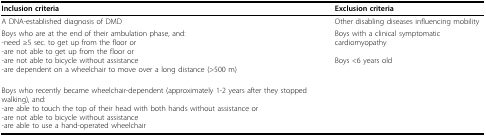
| Inclusion criteria | Exclusion criteria |
 | --- | --- |
 | A DNA-established diagnosis of DMD | Other disabling diseases influencing mobility |
 | Boys who are at the end of their ambulation phase, and:-need ≥5 sec. to get up from the floor or -are not able to get up from the floor or-are not able to bicycle without assistance-are dependent on a wheelchair to move over a long distance (>500 m) | Boys with a clinical symptomatic cardiomyopathyBoys <6 years old |
 | Boys who recently became wheelchair-dependent (approximately 1-2 years after they stopped walking), and:-are able to touch the top of their head with both hands without assistance or-are not able to bicycle without assistance-are able to use a hand-operated wheelchair |  |